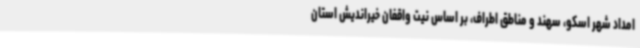
امداد شهر اسکو، سهند و مناطق اطراف، بر اساس نیت واقفان خیراندیش استان